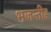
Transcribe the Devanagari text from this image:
भजन्तीह